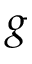
g